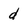
Character: d